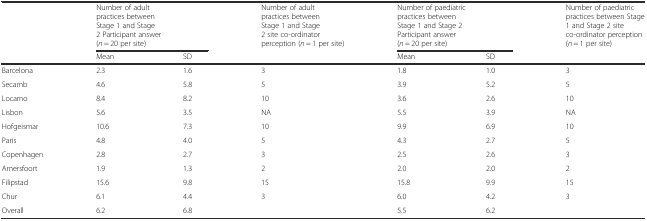
<table><thead><tr><td></td><td colspan="2"><b>Number of adult practices between Stage 1 and Stage 2 Participant answer (<i>n</i> = 20 per site)</b></td><td><b>Number of adult practices between Stage 1 and Stage 2 site co-ordinator perception (<i>n</i> = 1 per site)</b></td><td colspan="2"><b>Number of paediatric practices between Stage 1 and Stage 2 Participant answer (<i>n</i> = 20 per site)</b></td><td><b>Number of paediatric practices between Stage 1 and Stage 2 site co-ordinator perception (<i>n</i> = 1 per site)</b></td></tr><tr><td></td><td><b>Mean</b></td><td><b>SD</b></td><td></td><td><b>Mean</b></td><td><b>SD</b></td><td></td></tr></thead><tbody><tr><td>Barcelona</td><td>2.3</td><td>1.6</td><td>3</td><td>1.8</td><td>1.0</td><td>3</td></tr><tr><td>Secamb</td><td>4.6</td><td>5.8</td><td>5</td><td>3.9</td><td>5.2</td><td>5</td></tr><tr><td>Locarno</td><td>8.4</td><td>8.2</td><td>10</td><td>3.6</td><td>2.6</td><td>10</td></tr><tr><td>Lisbon</td><td>5.6</td><td>3.5</td><td>NA</td><td>5.5</td><td>3.9</td><td>NA</td></tr><tr><td>Hofgeismar</td><td>10.6</td><td>7.3</td><td>10</td><td>9.9</td><td>6.9</td><td>10</td></tr><tr><td>Paris</td><td>4.8</td><td>4.0</td><td>5</td><td>4.3</td><td>2.7</td><td>5</td></tr><tr><td>Copenhagen</td><td>2.8</td><td>2.7</td><td>3</td><td>2.5</td><td>2.6</td><td>3</td></tr><tr><td>Amersfoort</td><td>1.9</td><td>1.3</td><td>2</td><td>2.0</td><td>2.0</td><td>2</td></tr><tr><td>Filipstad</td><td>15.6</td><td>9.8</td><td>15</td><td>15.8</td><td>9.9</td><td>15</td></tr><tr><td>Chur</td><td>6.1</td><td>4.4</td><td>3</td><td>6.0</td><td>4.2</td><td>3</td></tr><tr><td>Overall</td><td>6.2</td><td>6.8</td><td></td><td>5.5</td><td>6.2</td><td></td></tr></tbody></table>